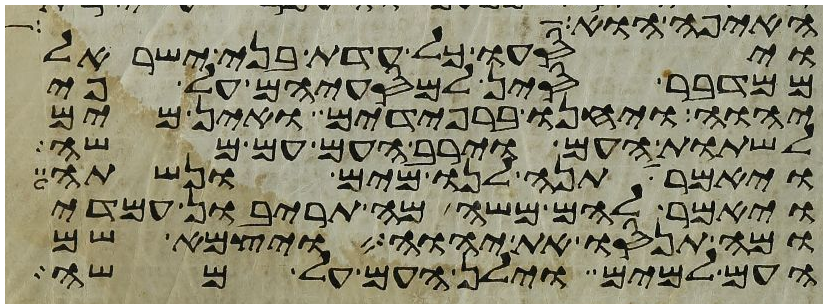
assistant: האיפה הוא
ויסעו כל עדת בני ישראל
ממדבר סין למסעיהם על פי
יהוה ויחנו ברפידים ואין מים
לשתות העם וירב העם עם משה
ויאמר תנה לנו מים ונשתה
ויאמר להם משה מה תריבון עמדי
ומה תנסו את יהוה ויצמא שם
העם למים וילן העם על משה